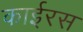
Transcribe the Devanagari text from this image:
काईरस